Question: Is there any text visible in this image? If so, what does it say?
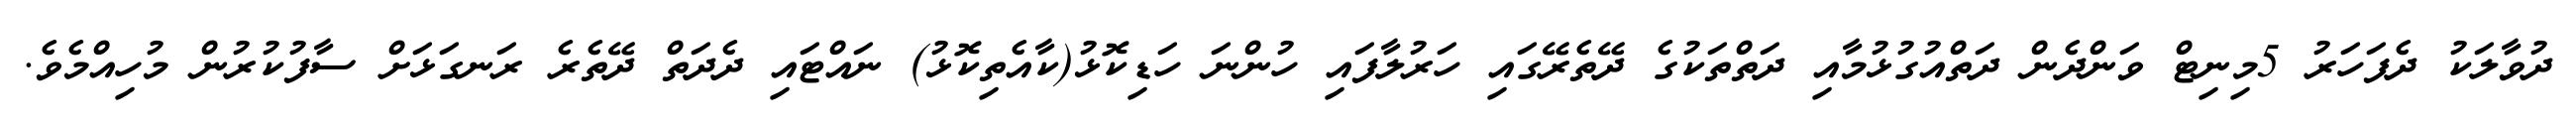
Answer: ދުވާލަކު ދެފަހަރު 5މިނިޓް ވަންދެން ދަތްއުގުޅުމާއި ދަތްތަކުގެ ދޭތެރޭގައި ހަރުލާފައި ހުންނަ ހަޑިކޮޅު(ކާއެތިކޮޅު) ނައްޓައި ދެދަތް ދޭތެރެ ރަނގަޅަށް ސާފުކުރުން މުހިއްމެވެ.